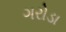
ગરોડા